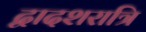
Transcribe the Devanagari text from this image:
द्वादशरात्रि